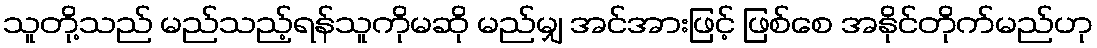
သူတို့သည် မည်သည့်ရန်သူကိုမဆို မည်မျှ အင်အားဖြင့် ဖြစ်စေ အနိုင်တိုက်မည်ဟု